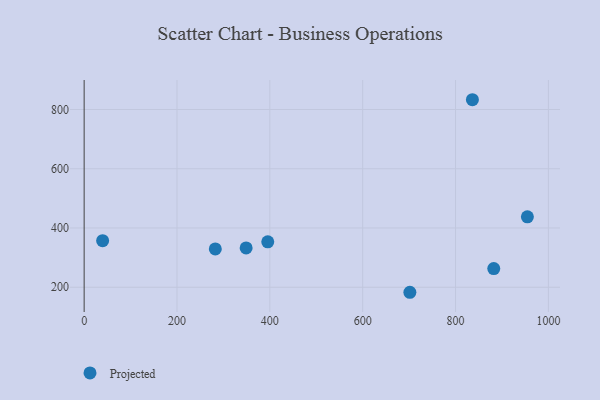
{"axis": {"x": "Study Hours", "y": "Yield"}, "legend": ["Projected"], "data": [{"x": "348.9", "y": 332.8, "type": "Projected"}, {"x": "701.6", "y": 183.0, "type": "Projected"}, {"x": "882.3", "y": 263.1, "type": "Projected"}, {"x": "395.5", "y": 353.2, "type": "Projected"}, {"x": "836.3", "y": 833.0, "type": "Projected"}, {"x": "39.8", "y": 357.3, "type": "Projected"}, {"x": "954.7", "y": 437.7, "type": "Projected"}, {"x": "282.5", "y": 329.3, "type": "Projected"}]}